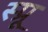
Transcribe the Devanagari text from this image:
स्प्रू